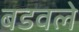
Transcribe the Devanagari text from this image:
बडवले